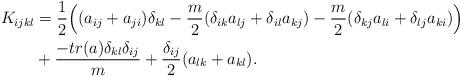
LaTeX: \begin{align*}K_{ijkl}&=\frac{1}{2}\Big{(}(a_{ij}+a_{ji})\delta_{kl}-\frac{m}{2}(\delta_{ik}a_{lj}+\delta_{il}a_{kj})-\frac{m}{2}(\delta_{kj}a_{li}+\delta_{lj}a_{ki})\Big{)}\\&+\frac{-tr(a)\delta_{kl}\delta_{ij}}{m}+\frac{\delta_{ij}}{2}(a_{lk}+a_{kl}).\end{align*}